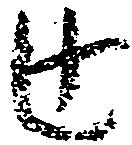
辻